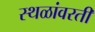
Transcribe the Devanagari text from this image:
स्थळांवरती